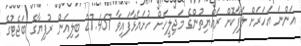
އަންނަ އަހަރަށް ލަފާކޮށް ރައްޔިތުންގެ މަޖިލީހަށް ހުށައަޅާފައިވާ 27.457 ބިލިއަން ރުފިޔާގެ ބަޖެޓުގެ